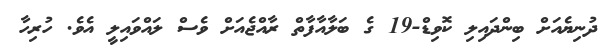
ދުނިޔެއަށް ބިންދައިލި ކޮވިޑް-19 ގެ ބަލާއާފާތް ރާއްޖެއަށް ވެސް ލައްވައިލީ އެވެ. ހުރިހާ